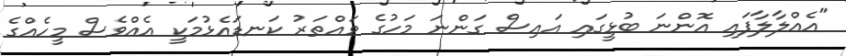
"އެއްލާލާފައި އޮންނަ ބުޅީގައި އައިސް ގަންނަ މަހުގެ ވައްތަރު ކަނޑައެޅުމަކީ އެއްވެސް މީހެއްގެ